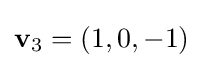
\mathbf {v} _{3}=(1,0,-1)